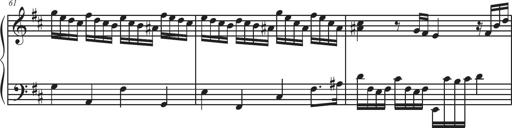
Title: Sonatina Espania
Composer: Jerald Franklin Archer
Key: Various